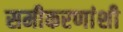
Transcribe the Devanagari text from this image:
समीकरणांशी